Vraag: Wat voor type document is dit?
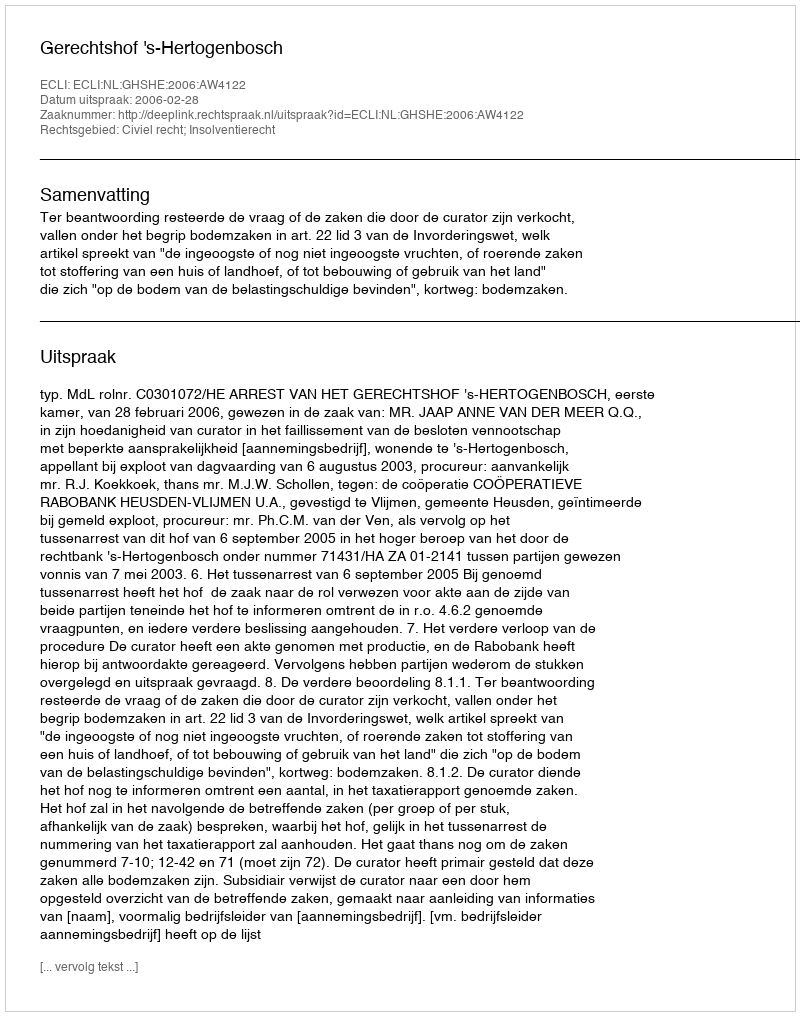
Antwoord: Uitspraak